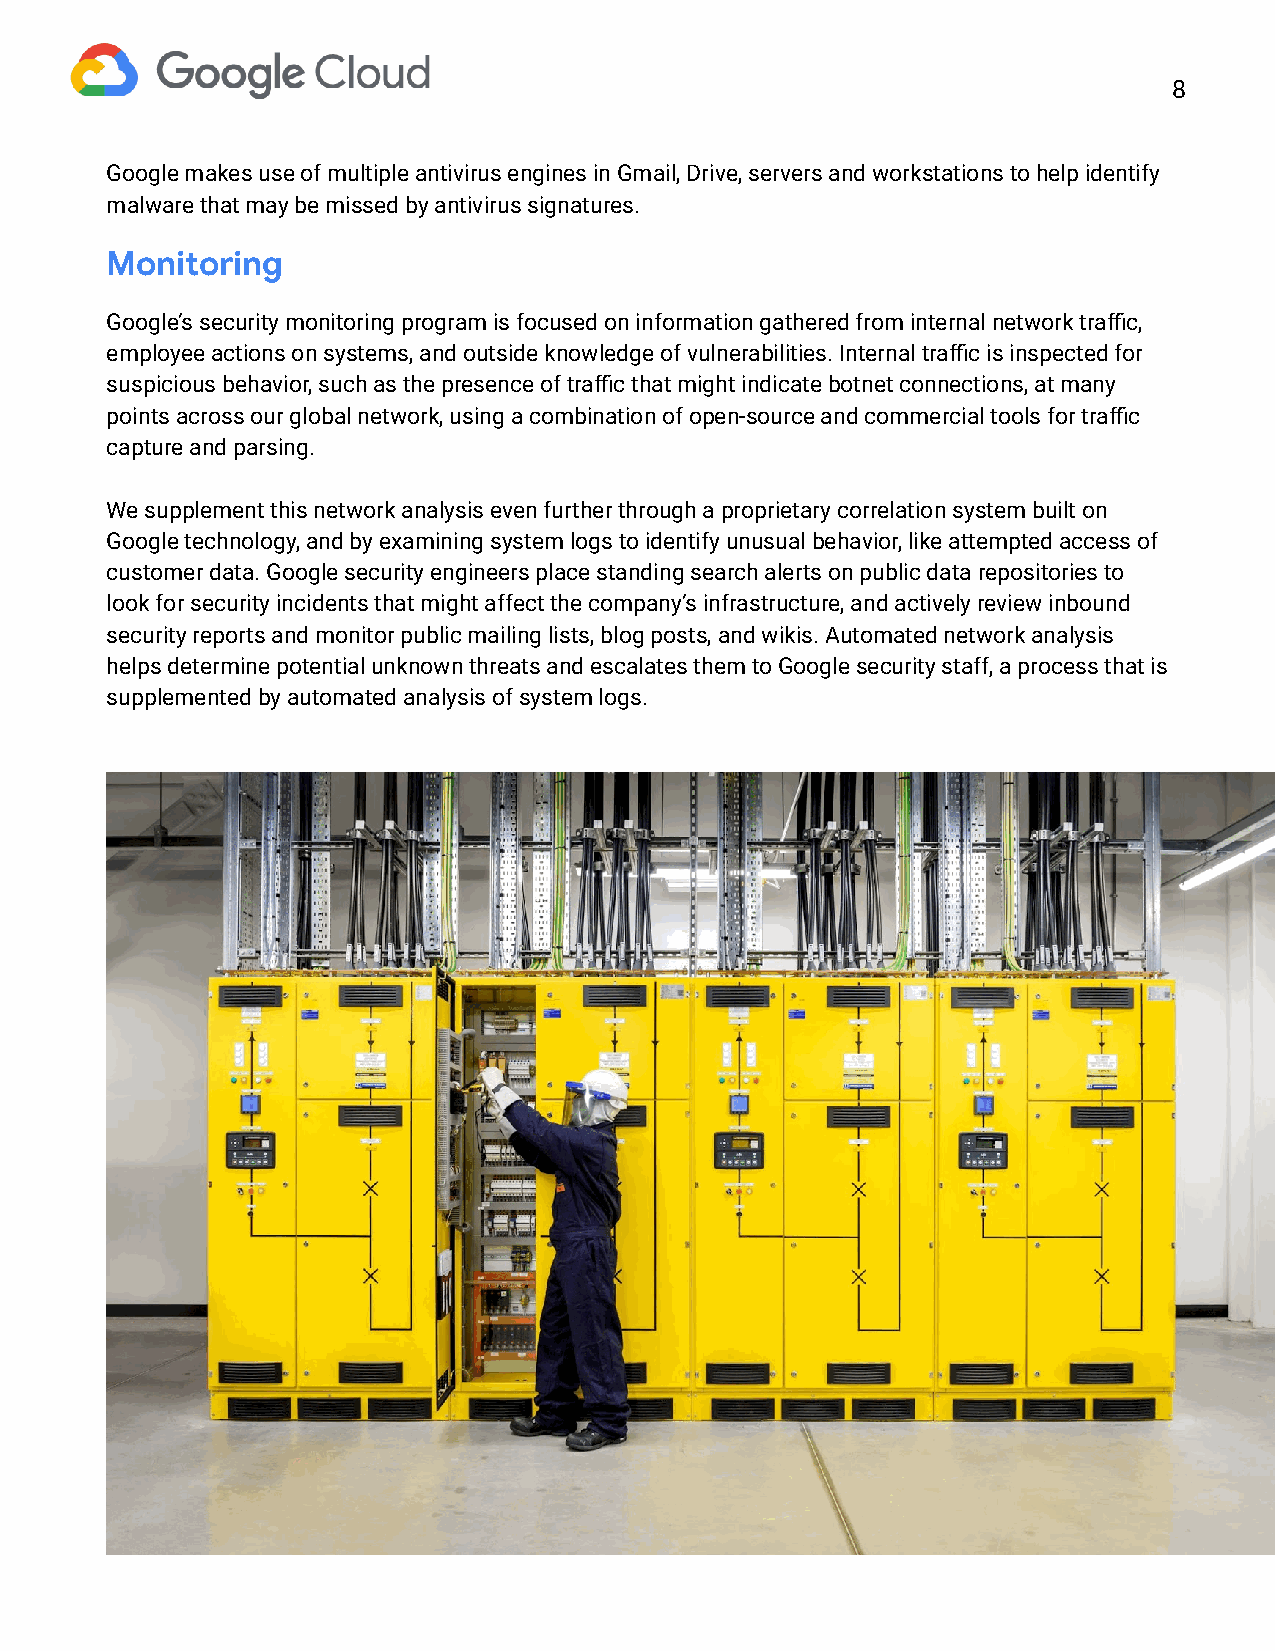
8
 Google makes use of multiple antivirus engines in Gmail, Drive, servers and workstations to help identify
 malware that may be missed by antivirus signatures.
 Monitoring
 Google’s security monitoring program is focused on information gathered from internal network traffic,
 employee actions on systems, and outside knowledge of vulnerabilities. Internal traffic is inspected for
 suspicious behavior, such as the presence of traffic that might indicate botnet connections, at many
 points across our global network, using a combination of open-source and commercial tools for traffic
 capture and parsing.
 We supplement this network analysis even further through a proprietary correlation system built on
 Google technology, and by examining system logs to identify unusual behavior, like attempted access of
 customer data. Google security engineers place standing search alerts on public data repositories to
 look for security incidents that might affect the company’s infrastructure, and actively review inbound
 security reports and monitor public mailing lists, blog posts, and wikis. Automated network analysis
 helps determine potential unknown threats and escalates them to Google security staff, a process that is
 supplemented by automated analysis of system logs.